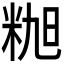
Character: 𰪸